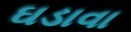
ઘડાવા